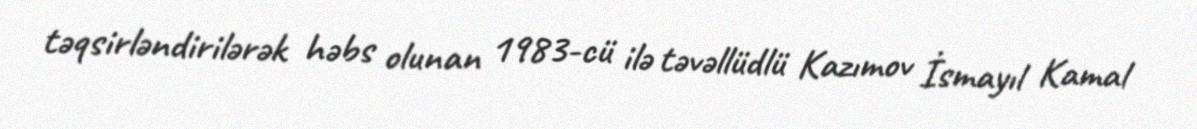
təqsirləndirilərək həbs olunan 1983-cü ilə təvəllüdlü Kazımov İsmayıl Kamal